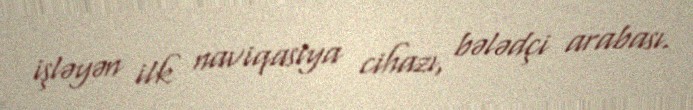
işləyən ilk naviqasiya cihazı, bələdçi arabası.